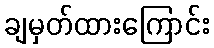
ချမှတ်ထားကြောင်း